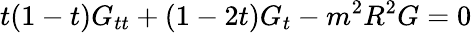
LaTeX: t(1-t)G_{tt}+(1-2t)G_{t}-m^{2}R^{2}G=0